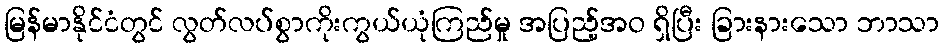
မြန်မာနိုင်ငံတွင် လွတ်လပ်စွာကိုးကွယ်ယုံကြည်မှု အပြည့်အဝ ရှိပြီး ခြားနားသော ဘာသာ